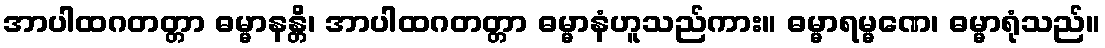
အာပါထဂတတ္တာ ဓမ္မာနန္တိ၊ အာပါထဂတတ္တာ ဓမ္မာနံဟူသည်ကား။ ဓမ္မာရမ္မဏေ၊ ဓမ္မာရုံသည်။